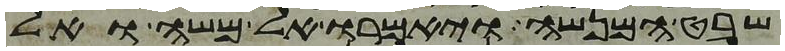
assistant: שבט המנשה ויאמרו אל משה ואל